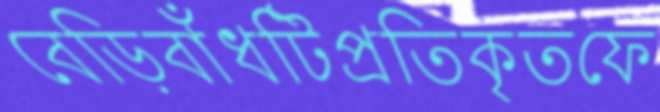
বেড়িবাঁধটিপ্রতিকৃতফে